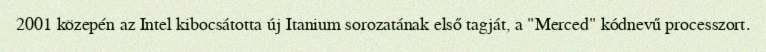
2001 közepén az Intel kibocsátotta új Itanium sorozatának első tagját, a "Merced" kódnevű processzort.